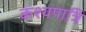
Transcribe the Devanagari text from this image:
कश्यपात्रि